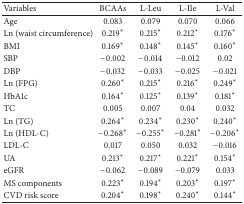
| Variables | BCAAs | L-Leu | L-Ile | L-Val |
 | --- | --- | --- | --- | --- |
 | Age | 0.083 | 0.079 | 0.070 | 0.066 |
 | Ln (waist circumference) | 0.219∗ | 0.215∗ | 0.212∗ | 0.176∗ |
 | BMI | 0.169∗ | 0.148∗ | 0.145∗ | 0.160∗ |
 | SBP | −0.002 | −0.014 | −0.012 | 0.02 |
 | DBP | −0.032 | −0.033 | −0.025 | −0.021 |
 | Ln (FPG) | 0.260∗ | 0.215∗ | 0.216∗ | 0.249∗ |
 | HbA1c | 0.164∗ | 0.125∗ | 0.139∗ | 0.181∗ |
 | TC | 0.005 | 0.007 | 0.04 | 0.032 |
 | Ln (TG) | 0.264∗ | 0.234∗ | 0.230∗ | 0.240∗ |
 | Ln (HDL-C) | −0.268∗ | −0.255∗ | −0.281∗ | −0.206∗ |
 | LDL-C | 0.017 | 0.050 | 0.032 | −0.016 |
 | UA | 0.213∗ | 0.217∗ | 0.221∗ | 0.154∗ |
 | eGFR | −0.062 | −0.089 | −0.079 | 0.033 |
 | MS components | 0.223∗ | 0.194∗ | 0.203∗ | 0.197∗ |
 | CVD risk score | 0.204∗ | 0.198∗ | 0.240∗ | 0.144∗ |